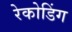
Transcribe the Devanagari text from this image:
रेकोडिंग